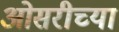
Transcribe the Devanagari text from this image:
ओसरीच्या